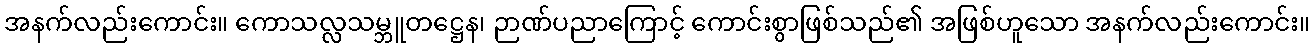
အနက်လည်းကောင်း။ ကောသလ္လသမ္ဘူတဋ္ဌေန၊ ဉာဏ်ပညာကြောင့် ကောင်းစွာဖြစ်သည်၏ အဖြစ်ဟူသော အနက်လည်းကောင်း။